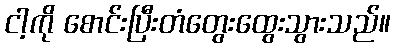
ငါ့ကို စောင်းပြီးတံတွေးထွေးသွားသည်။